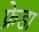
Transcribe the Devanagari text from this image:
फ्रेडा